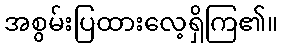
အစွမ်းပြထားလေ့ရှိကြ၏။